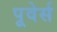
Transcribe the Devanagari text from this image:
पूवेर्स